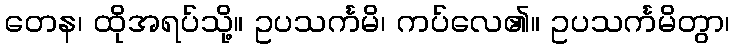
တေန၊ ထိုအရပ်သို့။ ဥပသင်္ကမိ၊ ကပ်လေ၏။ ဥပသင်္ကမိတွာ၊